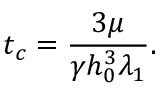
t _ { c } = \frac { 3 \mu } { \gamma h _ { 0 } ^ { 3 } \lambda _ { 1 } } .